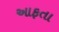
આફતા